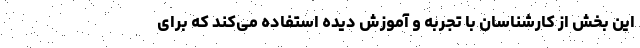
این بخش از کارشناسان با تجربه و آموزش دیده استفاده می‌کند که برای